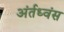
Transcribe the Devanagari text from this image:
अंर्तध्वंस